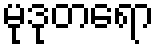
မုဒုတရော